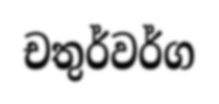
චතුර්වර්ග